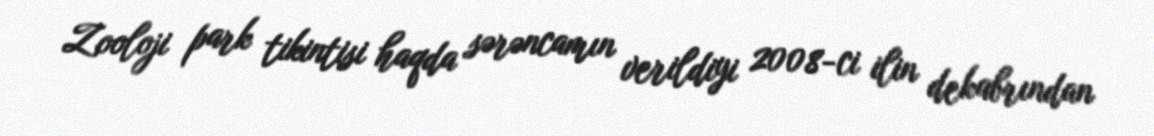
Zooloji park tikintisi haqda sərəncamın verildiyi 2008-ci ilin dekabrından